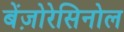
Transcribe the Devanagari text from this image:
बेंज़ोरेसिनोल